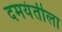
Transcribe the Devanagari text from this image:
दमयंतीला